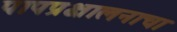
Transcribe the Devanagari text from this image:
पापप्रक्षालनाचा